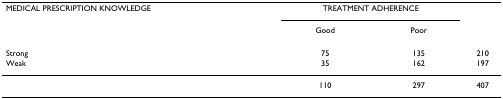
<table><thead><tr><td><b>MEDICAL PRESCRIPTION KNOWLEDGE</b></td><td colspan="2"><b>TREATMENT ADHERENCE</b></td><td>[EMPTY_CELL]</td></tr><tr><td>[EMPTY_CELL]</td><td><b>Good</b></td><td><b>Poor</b></td><td>[EMPTY_CELL]</td></tr></thead><tbody><tr><td>Strong</td><td>75</td><td>135</td><td>210</td></tr><tr><td>Weak</td><td>35</td><td>162</td><td>197</td></tr><tr><td>[EMPTY_CELL]</td><td>110</td><td>297</td><td>407</td></tr></tbody></table>